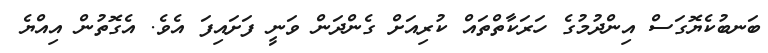
ބަނބުކެޔޮގަސް އިންދުމުގެ ހަރަކާތްތައް ކުރިއަށް ގެންދަން ވަނީ ފަށައިފަ އެވެ. އެގޮތުން އިއްޔެ